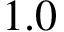
1 . 0